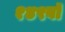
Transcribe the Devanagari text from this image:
१४९वॉ